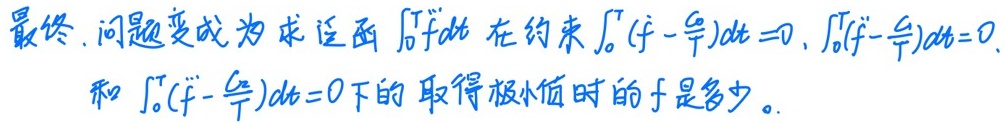
最终，问题变成为求泛函\(\int_{0}^{T}\ddot{f}dt\)在约束\(\int_{0}^{T}(f - \frac{q}{T})dt = 0\)，\(\int_{0}^{T}(\dot{f} - \frac{q}{T})dt = 0\)，和\(\int_{0}^{T}(\ddot{f} - \frac{q}{T})dt = 0\)下取得极小值时的\(f\)是多少。